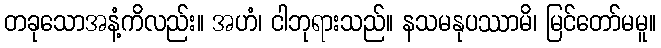
တခုသောအနံ့ကိလည်း။ အဟံ၊ ငါဘုရားသည်။ နသမနုပဿာမိ၊ မြင်တော်မမူ။